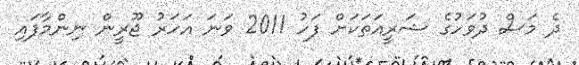
ދެ މަސް ދުވަހުގެ ޝަރީއަތަކަށް ފަހު 2011 ވަނަ އަހަރު ޖޫރީން ނިންމާފައި